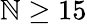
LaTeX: \mathbb{N}\ge15